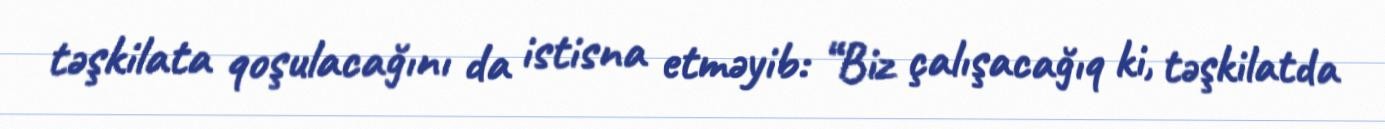
təşkilata qoşulacağını da istisna etməyib: “Biz çalışacağıq ki, təşkilatda